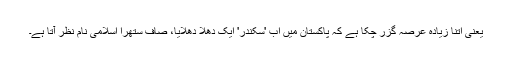
یعنی اتنا زیادہ عرصہ گزر چکا ہے کہ پاکستان میں اب 'سکندر' ایک دھلا دھلایا، صاف ستھرا اسلامی نام نظر آتا ہے۔